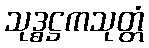
သုဒ္ဓဋ္ဌကသုတ္တံ